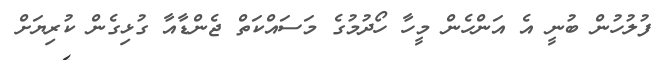
ފުލުހުން ބުނީ އެ އަންހެން މީހާ ހޯދުމުގެ މަސައްކަތް ޖެންޑާއާ ގުޅިގެން ކުރިޔަށް